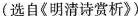
(选自《明清诗赏析》)